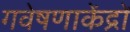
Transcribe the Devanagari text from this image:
गवेषणाकेंद्रों